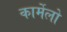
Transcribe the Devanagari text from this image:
कार्मेलो